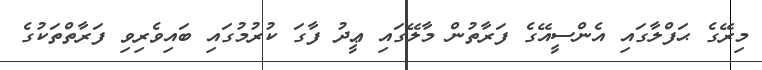
މިރޭގެ ޙަފްލާގައި އެންސީއޭގެ ފަރާތުން މާލޭގައި ޢީދު ފާގަ ކުރުމުގައި ބައިވެރިވި ފަރާތްތަކުގެ